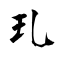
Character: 玌